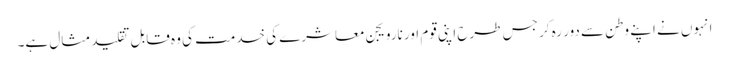
انہوں نے اپنے وطن سے دور رہ کر جس طرح اپنی قوم اور نارویجن معاشرے کی خدمت کی وہ قابل تقلید مثال ہے۔